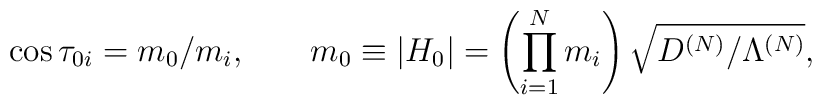
\cos\tau_{0i}=m_0/m_i ,\hspace{8mm}m_0\equiv |H_0|=\left(\prod_{i=1}^N m_i\right)\sqrt{D^{(N)}/\Lambda^{(N)}},